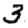
Digit: 3